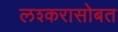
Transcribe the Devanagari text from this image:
लश्करासोबत